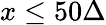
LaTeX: x\leq 50\Delta